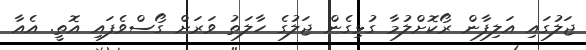
ޖަލުގައި އަލިފާން ރޯކޮށްލުމާ ގުޅިގެން ޖަލުގެ ހާލަތު ވަރަށް ގޯސްވެފައި އޮތީ. އެއާ